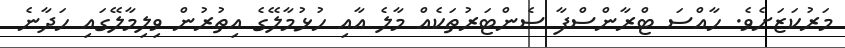
މަރުކަޒަށެވެ. ހާއްސަ ޓްރާންސްފާ ސެންޓަރުތަކެއް މާލެ އާއި ހުޅުމާލޭގެ އިތުރުން ވިލިމާލޭގައި ހަދާނެ